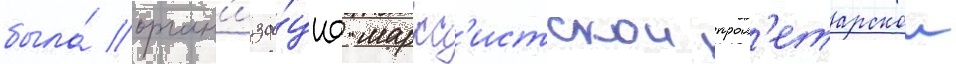
была́ орган'иза́циа маркс'истскои прол'етарскои